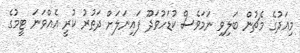
މިއަދުގެ މެޗުން ބަލިވި ނަމަވެސް ކުޑަހުވަދޫ ފައިނަލަށް ދަތުރު ކުރީ އެއްވަނަ ޓީމުގެ